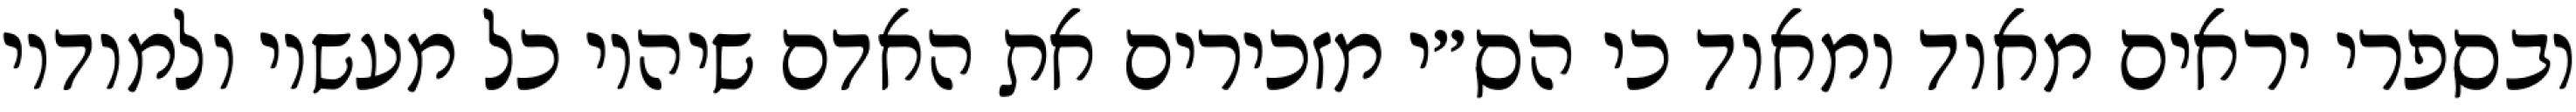
ובספרי יראים מאוד ומאוד כי הס״י מזכירים את האדם שיהיו כל מעשיו ולמודיו